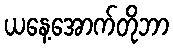
ယနေ့အောက်တိုဘာ